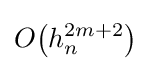
O{\left(h_{n}^{2m+2}\right)}